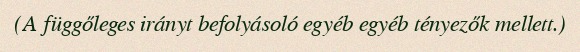
(A függőleges irányt befolyásoló egyéb egyéb tényezők mellett.)